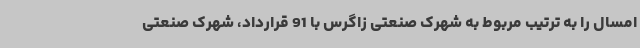
امسال را به ترتیب مربوط به شهرک صنعتی زاگرس با 91 قرارداد، شهرک صنعتی